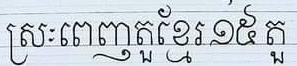
ស្រៈពេញតួខ្មែរ១៥តួ